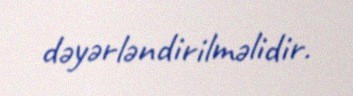
dəyərləndirilməlidir.